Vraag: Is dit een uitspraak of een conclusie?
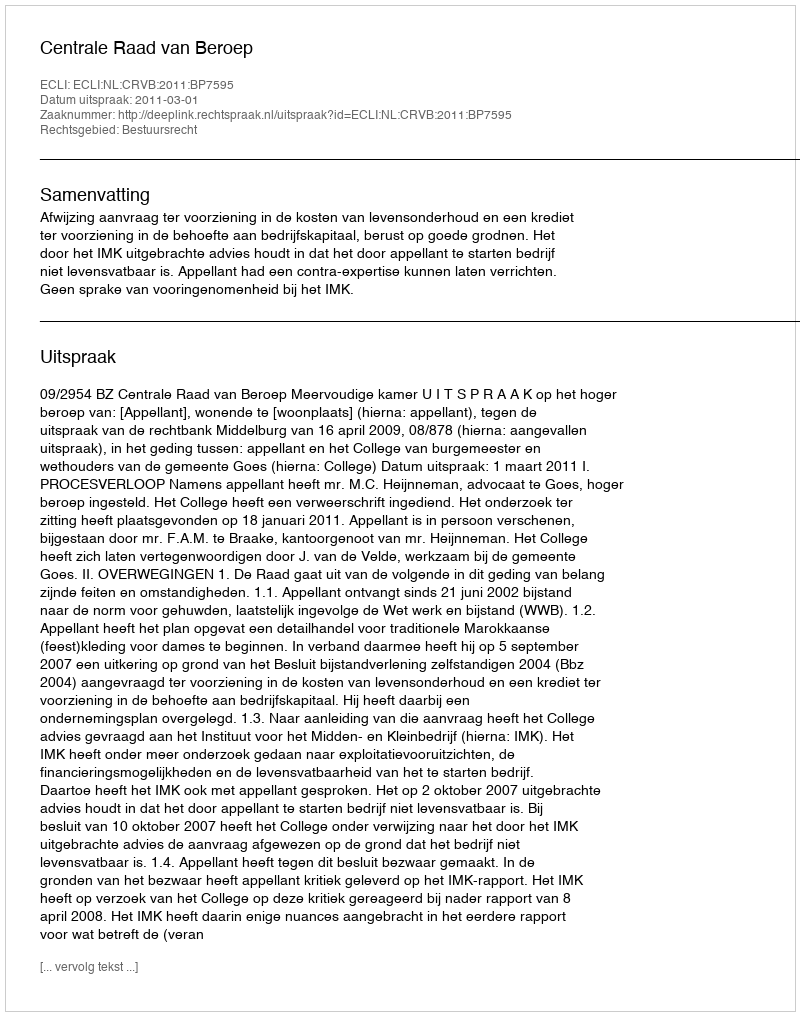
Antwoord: Uitspraak